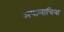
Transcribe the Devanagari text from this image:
अपालाचिया